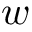
w